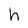
Character: h